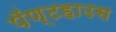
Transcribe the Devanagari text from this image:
पॅण्टहाउस